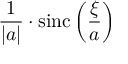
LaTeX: { \frac { 1 } { | a | } } \cdot \operatorname { s i n c } \left( { \frac { \xi } { a } } \right)